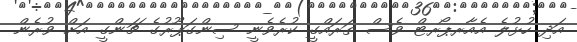
އަދި ހުޅުލެ އެއާރޕޯރޓް ވެސް ތަރައްގީ ކުރެވެނީ ސިންގަޕޫރުގެ ޗަންގީ އަށް ވުރެން